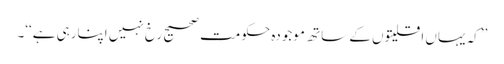
’’کہ یہاں اقلیتوں کے ساتھ موجودہ حکومت صحیح رخ نہیں اپنارہی ہے‘‘۔